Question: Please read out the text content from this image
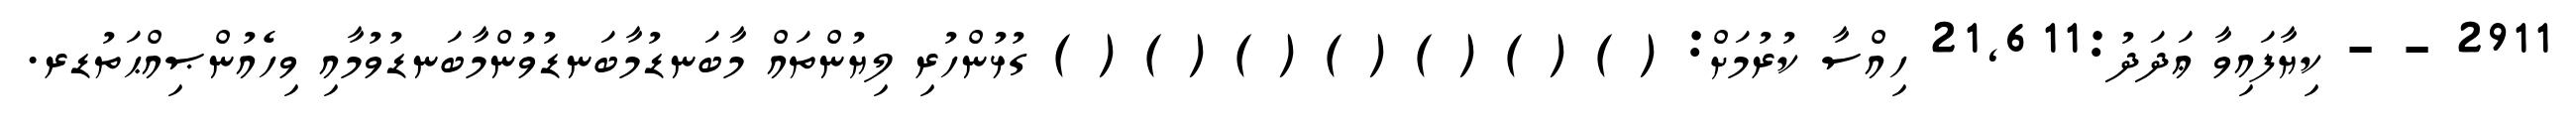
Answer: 2911 - - ކިޔާފައިވާ ޢަދަދު:21,611 ހިއްސާ ކުރުމަށް: ( ) ( ) ( ) ( ) ( ) ( ) ( ) ގުޅުންހުރި ލިޔުންތައް މާބަނޑުމާބަނޑުވުންމާބަނޑުވުމާއި ވިހެއުންޞިއްޙަތުޑރ.